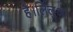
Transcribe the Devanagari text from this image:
है।लिलुआ